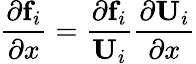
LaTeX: \frac{\partial\mathbf{f}_{i}}{\partial x}=\frac{\partial\mathbf{f}_{i}}{\mathbf{U}_{i}}\frac{\partial\mathbf{U}_{i}}{\partial x}